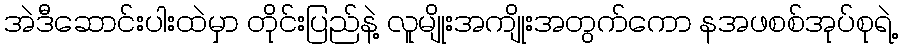
အဲဒီဆောင်းပါးထဲမှာ တိုင်းပြည်နဲ့ လူမျိုးအကျိုးအတွက်ကော နအဖစစ်အုပ်စုရဲ့